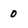
Character: 0